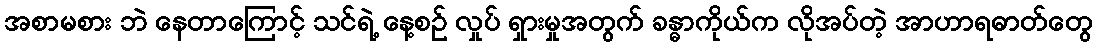
အစာမစား ဘဲ နေတာကြောင့် သင်ရဲ့ နေ့စဉ် လှုပ် ရှားမှုအတွက် ခန္ဓာကိုယ်က လိုအပ်တဲ့ အာဟာရဓာတ်တွေ